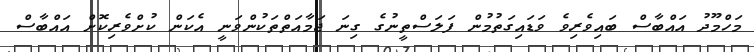
މަހްމޫދު އައްބާސް ބައިވެރިވެ ވަޑައިގަތުމުން ފަލަސްތީނުގެ ގިނަ ޖަމާއަތްތަކުންވަނީ އެކަން ކުށްވެރިކޮށް އައްބާސް